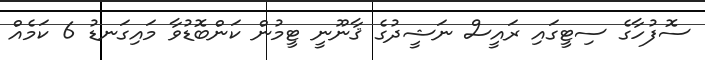
ސޮފުހާގެ ސިޓީގައި ރައީސް ނަޝީދުގެ ޤާނޫނީ ޓީމުން ކަންބޮޑުވާ މައިގަނޑު 6 ކަމެއް